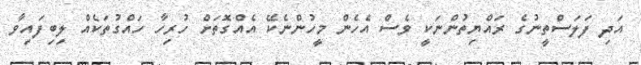
އަދި ފަލަސްތީނުގެ ރައްޔިތުންނަކީ ވެސް އެހެން މީހުންނެކޭ އެއްގޮތަށް ހުރިހާ ހައްގުތަކެއް ލިބިފައިވާ